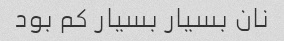
نان بسیار بسیار کم بود